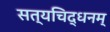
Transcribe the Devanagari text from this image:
सत्यचिद्धनम्